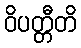
ဝိပတ္တီတိ